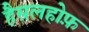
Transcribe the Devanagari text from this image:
हैसलहोफ़